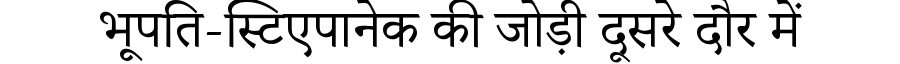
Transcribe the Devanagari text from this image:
भूपति-स्टिएपानेक की जोड़ी दूसरे दौर में